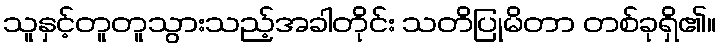
သူနှင့်တူတူသွားသည့်အခါတိုင်း သတိပြုမိတာ တစ်ခုရှိ၏။